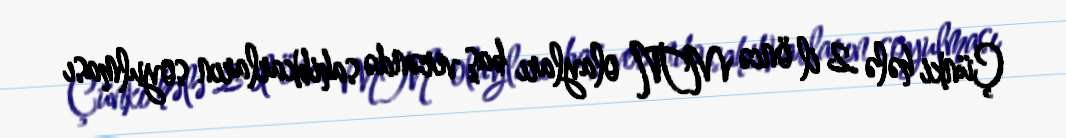
Çünki hələ 2 il öncə MTN olayları baş verəndə sahibkarların soyulması